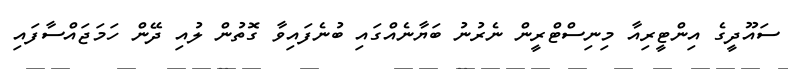
ސައޫދީގެ އިންޓީރިއާ މިނިސްޓްރީން ނެރުނު ބަޔާނެއްގައި ބުނެފައިވާ ގޮތުން ލުއި ދޭން ހަމަޖައްސާފައި